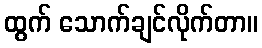
ထွက် သောက်ချင်လိုက်တာ။